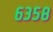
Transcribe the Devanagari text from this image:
६३५८